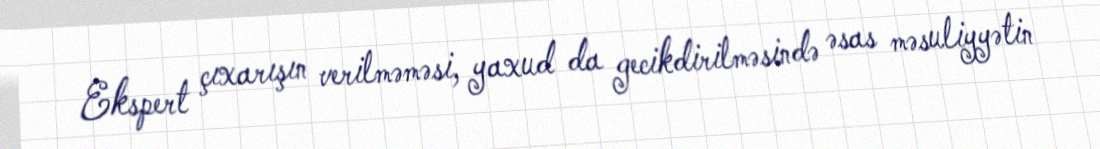
Ekspert çıxarışın verilməməsi, yaxud da gecikdirilməsində əsas məsuliyyətin